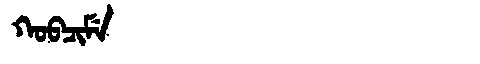
Manchu: ᡴᠣᠪᠴᡳᠮᡝ
Romanization: KOBCIME